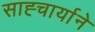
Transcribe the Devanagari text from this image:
साह्चार्याने